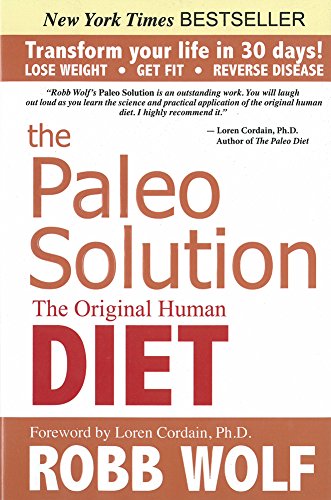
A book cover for The Paleo Solution: The Original Human Diet; Robb Wolf; Cookbooks, Food & Wine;